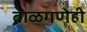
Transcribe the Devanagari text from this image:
बाळगणेही